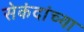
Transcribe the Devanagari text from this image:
सेकंदांच्या